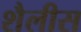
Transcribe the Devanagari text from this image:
शैलीस